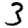
Digit: 3